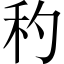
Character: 䄪